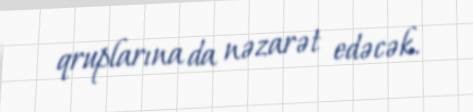
qruplarına da nəzarət edəcək.